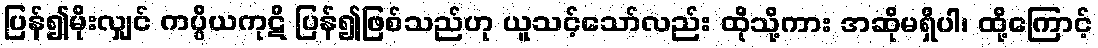
ပြန်၍မိုးလျှင် ကပ္ပိယကုဋိ ပြန်၍ဖြစ်သည်ဟု ယူသင့်သော်လည်း ထိုသို့ကား အဆိုမရှိပါ၊ ထို့ကြောင့်